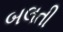
બલતી